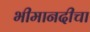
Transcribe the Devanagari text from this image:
भीमानदीचा